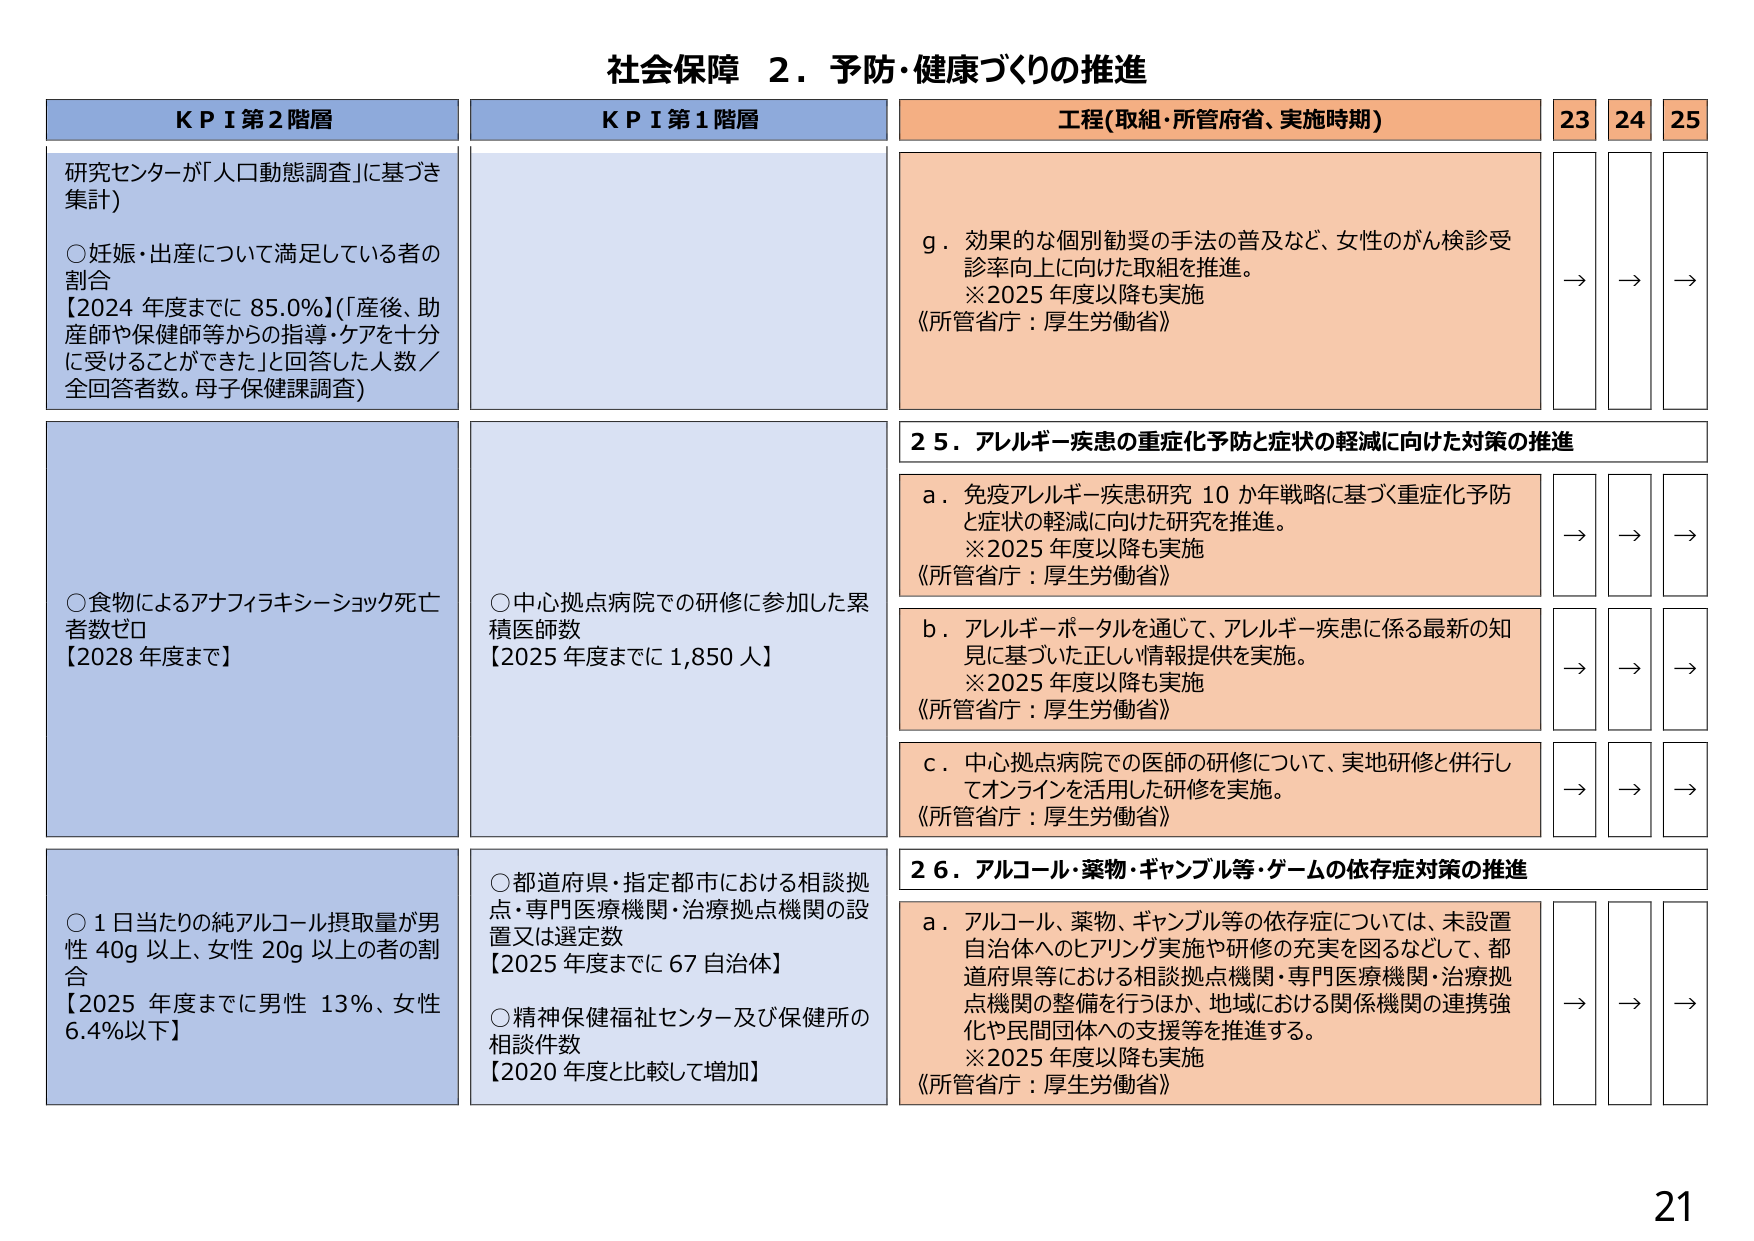
社会保障 ２．予防・健康づくりの推進

KPI 第2階層
研究センターが「人口動態調査」に基づき集計）
○妊娠・出産について満足している者の割合
【2024年度までに85.0%】（「産後、助産師や保健師等からの指導・ケアを十分に受けることができた」と回答した人数／全回答者数。母子保健課調査）

○食物によるアナフィラキシーショック死亡者数ゼロ
【2028年度まで】

○1日当たりの純アルコール摂取量が男性40g以上、女性20g以上の者の割合
【2025年度までに男性13%、女性6.4%以下】

KPI 第1階層
○中心拠点病院での研修に参加した累積医師数
【2025年度までに1,850人】

○都道府県・指定都市における相談拠点・専門医療機関・治療拠点機関の設置又は選定数
【2025年度までに67自治体】

○精神保健福祉センター及び保健所の相談件数
【2020年度と比較して増加】

工程（取組・所管府省、実施時期）
23 24 25

g．効果的な個別勧奨の手法の普及など、女性のがん検診受診率向上に向けた取組を推進。
※2025年度以降も実施
《所管省庁：厚生労働省》
→ → →

25．アレルギー疾患の重症化予防と症状の軽減に向けた対策の推進

a．免疫アレルギー疾患研究10か年戦略に基づく重症化予防と症状の軽減に向けた研究を推進。
※2025年度以降も実施
《所管省庁：厚生労働省》
→ → →

b．アレルギーポータルを通じて、アレルギー疾患に係る最新の知見に基づいた正しい情報提供を実施。
※2025年度以降も実施
《所管省庁：厚生労働省》
→ → →

c．中心拠点病院での医師の研修について、実地研修と併行してオンラインを活用した研修を実施。
《所管省庁：厚生労働省》
→ → →

26．アルコール・薬物・ギャンブル等・ゲームの依存症対策の推進

a．アルコール、薬物、ギャンブル等の依存症については、未設置自治体へのヒアリング実施や研修の充実を図るなどして、都道府県等における相談拠点機関・専門医療機関・治療拠点機関の整備を行うほか、地域における関係機関の連携強化や民間団体への支援等を推進する。
※2025年度以降も実施
《所管省庁：厚生労働省》
→ → →

21